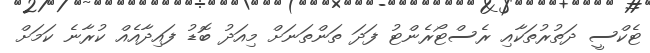
ޓެކްސީ ދަތުރުތަކާއި ރެސްޓޯރެންޓު ފަދަ ތަންތަނަށް މިއަދު ބޮޑު ފައިދާއެއް ކުރާނެ ކަމަށް